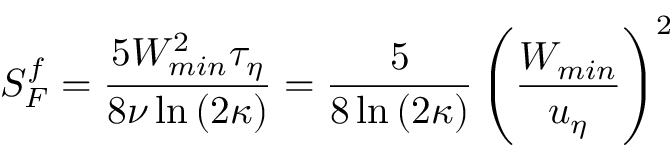
S _ { F } ^ { f } = \frac { 5 W _ { m i n } ^ { 2 } \tau _ { \eta } } { 8 \nu \ln { ( 2 \kappa ) } } = \frac { 5 } { 8 \ln { ( 2 \kappa ) } } \left( \frac { W _ { m i n } } { u _ { \eta } } \right) ^ { 2 }